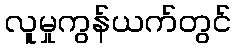
လူမှုကွန်ယက်တွင်